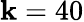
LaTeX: \mathbf{k}=40